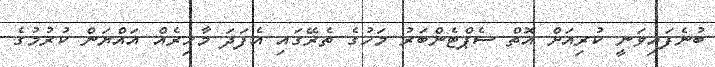
ބުނެފައިވަނީ ކުރިއަށް އޮތް ސެޕްޓެންބަރު މަހުގެ ތެރޭގައި އެފަދަ މާހިރެއް އައްޔަން ކުރުމުގެ